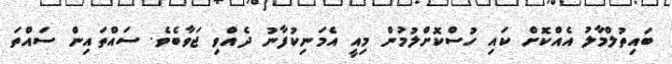
ބައިތުލްމާލު އެއްކޮށް ކައި ހުސްކޮށްލުމުން މިއީ އެމަނިކުފާނު ދެއްވި ޖަވާބެވެ. ސައްތައިން ސައްތަ